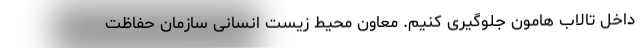
داخل تالاب هامون جلوگیری کنیم. معاون محیط زیست انسانی سازمان حفاظت